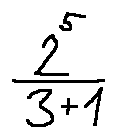
\frac { 2 ^ { 5 } } { 3 + 1 }